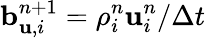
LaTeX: \mathbf b_{\mathbf u,i}^{n+1}=\rho_{i}^{n}\mathbf u_{i}^{n}/\Delta t